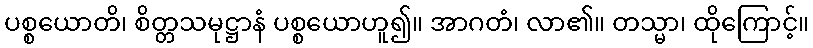
ပစ္စယောတိ၊ စိတ္တသမုဋ္ဌာနံ ပစ္စယောဟူ၍။ အာဂတံ၊ လာ၏။ တသ္မာ၊ ထိုကြောင့်။